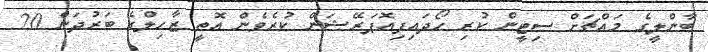
ބާންލީގެ މައްޗަށް ސިޓީން ކުރި ހޯދައިފިއޮޕަރޭޝަން ކުރެވެން އޮތީ ޒާހިލްގެ ބަރުދަން 20